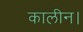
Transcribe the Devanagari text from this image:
कालीन।